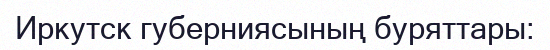
Иркутск губерниясының буряттары: